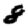
Digit: 8